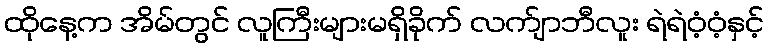
ထိုနေ့က အိမ်တွင် လူကြီးများမရှိခိုက် လက်ျာဘီလူး ရဲရဲဝံ့ဝံ့နှင့်